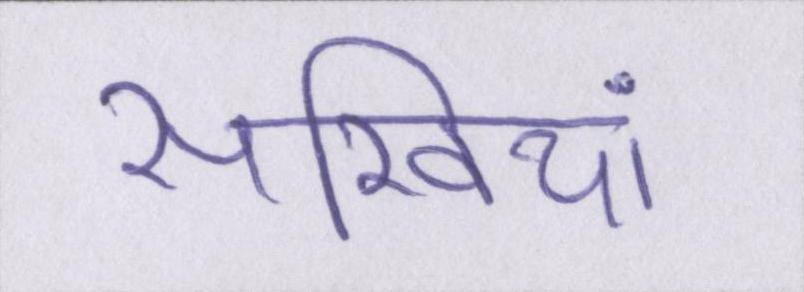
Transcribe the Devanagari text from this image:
सखियां